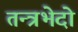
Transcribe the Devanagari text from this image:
तन्त्रभेदो